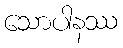
သောပါနဿ